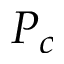
P _ { c }